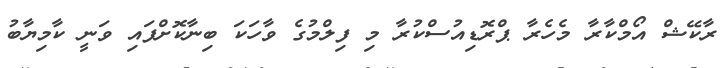
ރާކޭޝް އޯމްކާރާ މެހެރާ ޕްރޮޑިއުސްކުރާ މި ފިލްމުގެ ވާހަކަ ބިނާކޮށްފައި ވަނީ ކާމިޔާބު